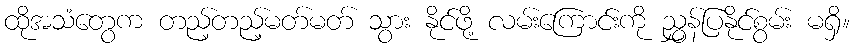
ထိုအသံတွေက တည့်တည့်မတ်မတ် သွား နိုင်ဖို့ လမ်းကြောင်းကို ညွှန်ပြနိုင်စွမ်း မရှိ။